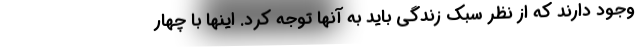
وجود دارند که از نظر سبک زندگی باید به آنها توجه کرد. اینها با چهار